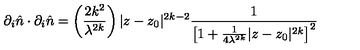
\partial _ { i } \hat { n } \cdot \partial _ { i } \hat { n } = \left( \frac { 2 k ^ { 2 } } { \lambda ^ { 2 k } } \right) | z - z _ { 0 } | ^ { 2 k - 2 } \frac { 1 } { \left[ 1 + \frac { 1 } { 4 \lambda ^ { 2 k } } | z - z _ { 0 } | ^ { 2 k } \right] ^ { 2 } }